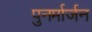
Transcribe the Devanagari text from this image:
पुनर्मार्जन